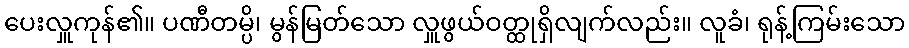
ပေးလှူကုန်၏။ ပဏီတမ္ပိ၊ မွန်မြတ်သော လှူဖွယ်ဝတ္ထုရှိလျက်လည်း။ လူခံ၊ ရုန့်ကြမ်းသော